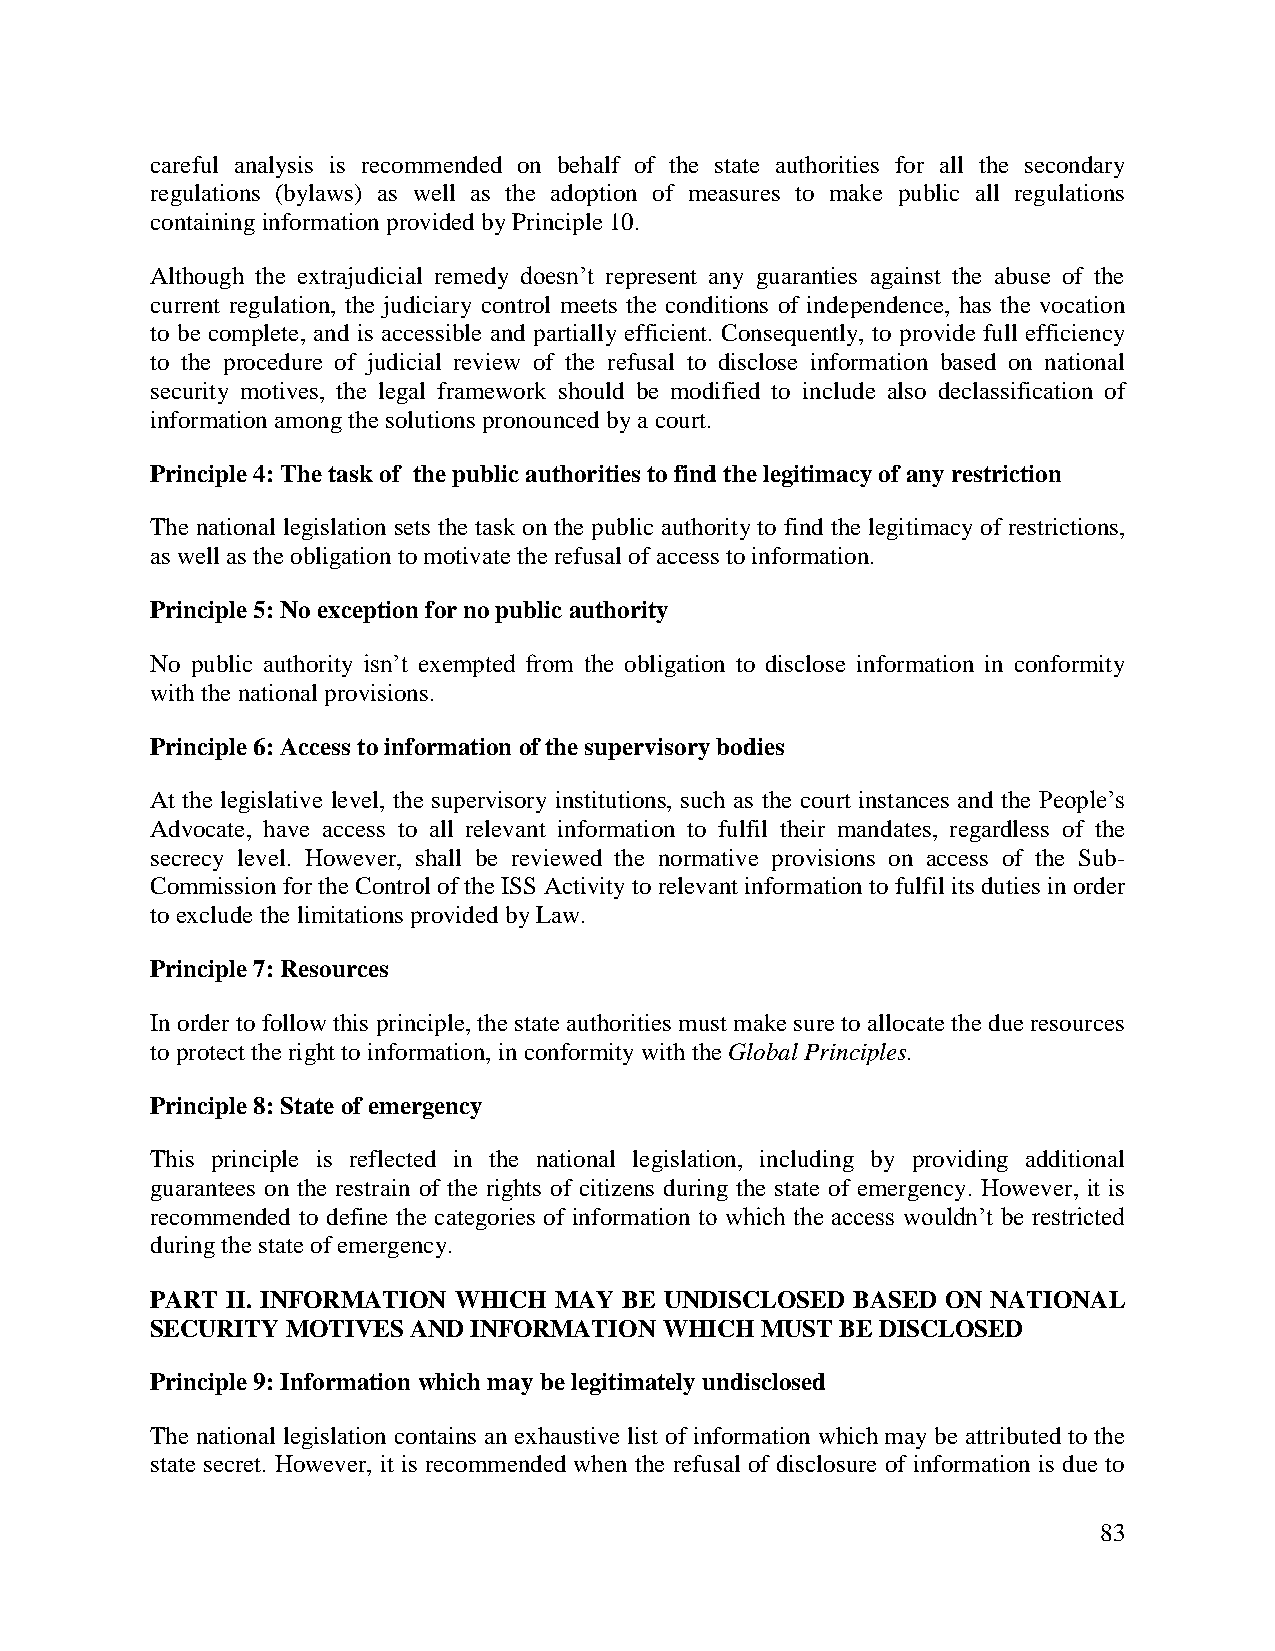
careful analysis is recommended on behalf of the state authorities for all the secondary
 regulations (bylaws) as well as the adoption of measures to make public all regulations
 containing information provided by Principle 10.
 Although the extrajudicial remedy doesn’t represent any guaranties against the abuse of the
 current regulation, the judiciary control meets the conditions of independence, has the vocation
 to be complete, and is accessible and partially efficient. Consequently, to provide full efficiency
 to the procedure of judicial review of the refusal to disclose information based on national
 security motives, the legal framework should be modified to include also declassification of
 information among the solutions pronounced by a court.
 Principle 4: The task of the public authorities to find the legitimacy of any restriction
 The national legislation sets the task on the public authority to find the legitimacy of restrictions,
 as well as the obligation to motivate the refusal of access to information.
 Principle 5: No exception for no public authority
 No public authority isn’t exempted from the obligation to disclose information in conformity
 with the national provisions.
 Principle 6: Access to information of the supervisory bodies
 At the legislative level, the supervisory institutions, such as the court instances and the People’s
 Advocate, have access to all relevant information to fulfil their mandates, regardless of the
 secrecy level. However, shall be reviewed the normative provisions on access of the Sub-
 Commission for the Control of the ISS Activity to relevant information to fulfil its duties in order
 to exclude the limitations provided by Law.
 Principle 7: Resources
 In order to follow this principle, the state authorities must make sure to allocate the due resources
 to protect the right to information, in conformity with the Global Principles.
 Principle 8: State of emergency
 This principle is reflected in the national legislation, including by providing additional
 guarantees on the restrain of the rights of citizens during the state of emergency. However, it is
 recommended to define the categories of information to which the access wouldn’t be restricted
 during the state of emergency.
 PART II. INFORMATION WHICH MAY BE UNDISCLOSED  BASED ON NATIONAL
 SECURITY MOTIVES AND INFORMATION  WHICH MUST  BE DISCLOSED
 Principle 9: Information which may be legitimately undisclosed
 The national legislation contains an exhaustive list of information which may be attributed to the
 state secret. However, it is recommended when the refusal of disclosure of information is due to
 83